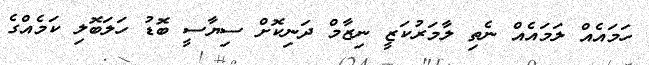
ހަމައެއް ލަމައެއް ނެތި ލާމަރުކަޒީ ނިޒާމް ދަނިކޮށް ސިޔާސީ ބޮޑު ހަލަބޮލި ކަމެއްގެ